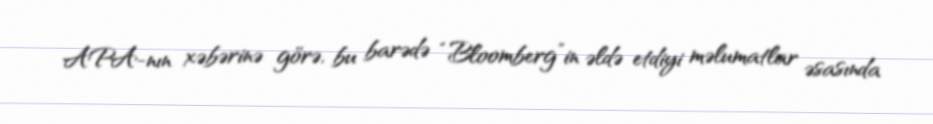
APA-nın xəbərinə görə, bu barədə “Bloomberg”in əldə etdiyi məlumatlar əsasında